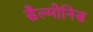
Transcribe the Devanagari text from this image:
सैल्मोनिस